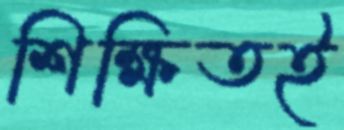
শিক্ষিতই